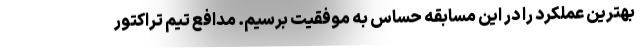
بهترین عملکرد را در این مسابقه حساس به موفقیت برسیم. مدافع تیم تراکتور